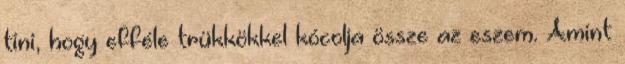
tini, hogy efféle trükkökkel kócolja össze az eszem. Amint